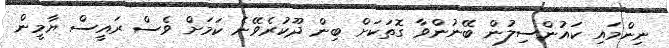
ނިންމައި ކައުންސިލުން ބޭނުންވާ ގޮތަކަށް ބިން ދޫކުރެވޭނެ ކަމަށް ވެސް ރައީސް ޔާމީން